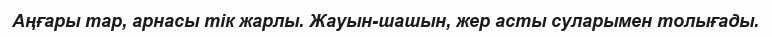
Аңғары тар, арнасы тік жарлы. Жауын-шашын, жер асты суларымен толығады.